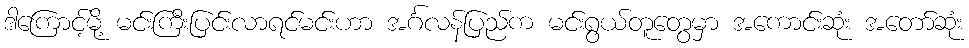
ဒါကြောင့်မို့ မင်းကြီးပြင်းလာရင်မင်းဟာ အင်္ဂလန်ပြည်က မင်းရွယ်တူတွေမှာ အကောင်းဆုံး အတော်ဆုံး